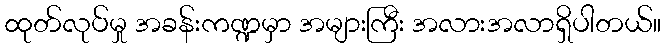
ထုတ်လုပ်မှု အခန်းကဏ္ဍမှာ အများကြီး အလားအလာရှိပါတယ်။